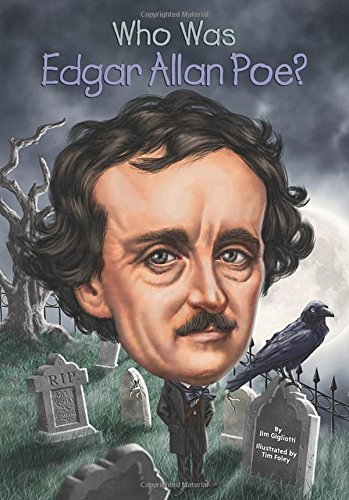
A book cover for Who Was Edgar Allan Poe?; Jim Gigliotti; Children's Books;